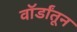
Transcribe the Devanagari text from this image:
वॉर्डांतून